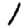
Digit: 1